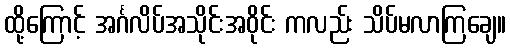
ထို့ကြောင့် အင်္ဂလိပ်အသိုင်းအဝိုင်း ကလည်း သိပ်မလာကြချေ။